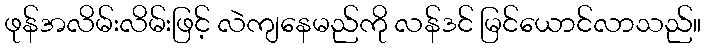
ဖုန်အလိမ်းလိမ်းဖြင့် လဲကျနေမည်ကို လန်ဒင် မြင်ယောင်လာသည်။